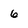
Character: 6